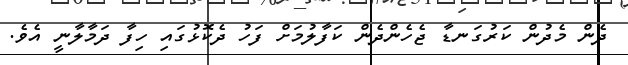
ދެން މެދުން ކަރުގަނޑާ ޖެހެންދެން ކަފާލުމަށް ފަހު ދެކޮޅުގައި ހިފާ ދަމާލާނީ އެވެ.